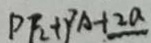
P F _ { 2 } + P _ { A } + 2 a